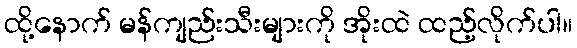
ထို့နောက် မန်ကျည်းသီးများကို အိုးထဲ ထည့်လိုက်ပါ။